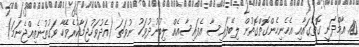
10. އާމްދަނީ ގޮތުގައާއި އެހެނިހެންގޮތްގޮތުން ލިބޭފައިސާ އެފައިސާއެއް ލިބުނުދުވަހު ނުވަތަ (އެދުވަހުޖަމާކުރެވޭހާ ވަގުތުނެތިއްޖެނަމަ)